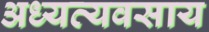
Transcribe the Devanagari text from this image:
अध्यव्यवसाय